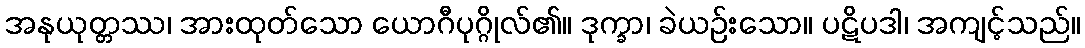
အနုယုတ္တဿ၊ အားထုတ်သော ယောဂီပုဂ္ဂိုလ်၏။ ဒုက္ခာ၊ ခဲယဉ်းသော။ ပဋိပဒါ၊ အကျင့်သည်။